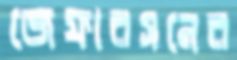
জেফারসনের